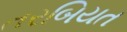
તરબિયત